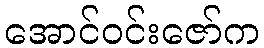
အောင်ဝင်းဇော်က